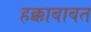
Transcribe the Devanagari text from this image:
हक्काबाबत